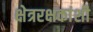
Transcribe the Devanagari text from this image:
क्षेत्ररक्षकांशी